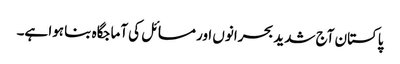
پاکستان آج شدید بحرانوں اور مسائل کی آماجگاہ بنا ہوا ہے۔